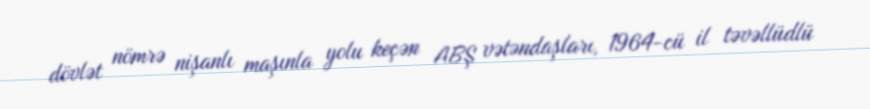
dövlət nömrə nişanlı maşınla yolu keçən ABŞ vətəndaşları, 1964-cü il təvəllüdlü